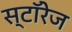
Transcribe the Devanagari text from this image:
स्टॉरेज